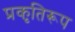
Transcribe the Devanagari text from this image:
प्रकृतिरूप